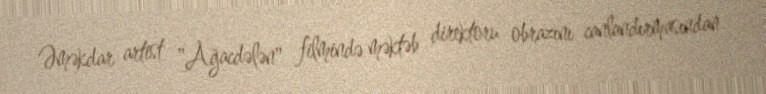
Əməkdar artist "Ağacdələn" filmində məktəb direktoru obrazını canlandırmasından